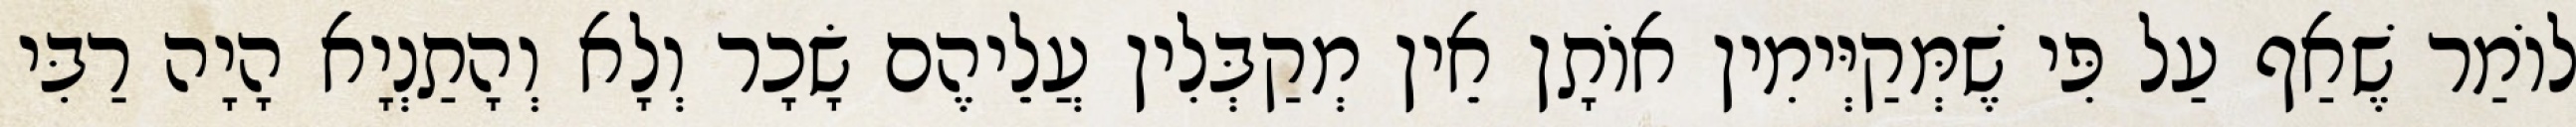
לוֹמַר שֶׁאַף עַל פִּי שֶׁמְּקַיְּימִין אוֹתָן אֵין מְקַבְּלִין עֲלֵיהֶם שָׂכָר וְלָא וְהָתַנְיָא הָיָה רַבִּי